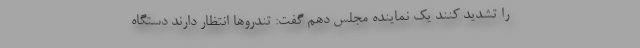
را تشدید کنند یک نماینده مجلس دهم گفت: تندروها انتظار دارند دستگاه